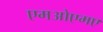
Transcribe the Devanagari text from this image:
एमओएमए